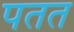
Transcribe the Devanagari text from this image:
पतत